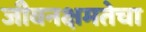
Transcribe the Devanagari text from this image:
जीवनक्षमतेचा